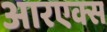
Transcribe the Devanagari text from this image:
आरएक्स